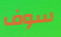
سوف